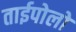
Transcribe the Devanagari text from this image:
ताईपोलो